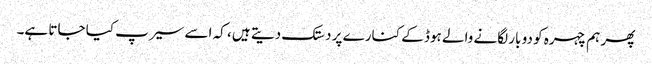
پھر ہم چہرہ کو دو بار لگانے والے ہوڈ کے کنارے پر دستک دیتے ہیں ، کہ اسے سیرپ کیا جاتا ہے۔